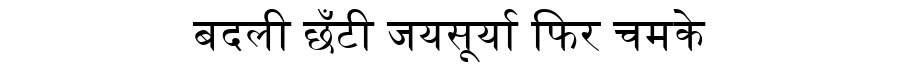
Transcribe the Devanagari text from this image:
बदली छँटी जयसूर्या फिर चमके